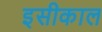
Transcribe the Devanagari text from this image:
इसीकाल